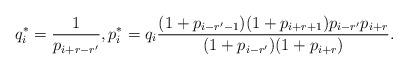
LaTeX: \begin{align*} q_i^*=\frac{1}{p_{i+r-r'}},p_i^*=q_i\frac{(1+p_{i-r'-1})(1+p_{i+r+1})p_{i-r'}p_{i+r}}{(1+p_{i-r'})(1+p_{i+r})}.\end{align*}